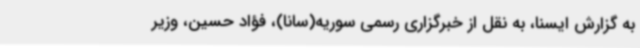
به گزارش ایسنا، به نقل از خبرگزاری رسمی سوریه(سانا)، فؤاد حسین، وزیر